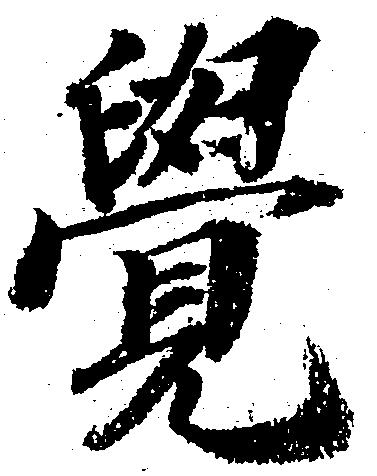
覚